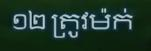
១២ ត្រូវម៉ក់